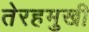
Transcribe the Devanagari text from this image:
तेरहमुखी